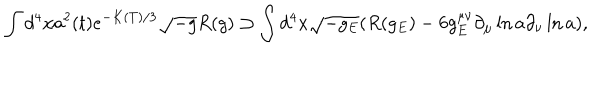
LaTeX: \int d ^ { 4 } x a ^ { 2 } ( t ) e ^ { - K ( T ) / 3 } \sqrt { - g } R ( g ) \supset \int d ^ { 4 } x \sqrt { - g _ { E } } ( R ( g _ { E } ) - 6 g _ { E } ^ { \mu \nu } \partial _ { \mu } \ln a \partial _ { \nu } \ln a ) ,